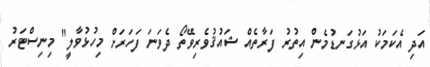
އަދި އެކަމަކު އަޅުގަނޑުމެން އިތުރު ފަރާތެއް ޝައުޤުވެރިވޭތޯ ދެވަނަ ފަހަރަށް މިހުޅުވާލީ" މިނިސްޓަރު